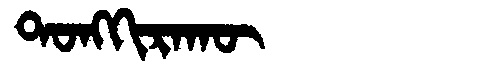
Manchu: ᡨᠣᠩᡴᡳᡵᠠᡴᡡ
Romanization: TONGKIRAKŪ